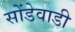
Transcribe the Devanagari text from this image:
सोंडेवाडी